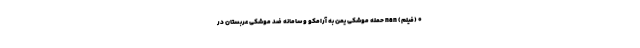
0 (فیلم) nan حمله موشکی یمن به آرامکو و سامانه ضد موشکی عربستان در